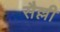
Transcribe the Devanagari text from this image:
सैल्ली